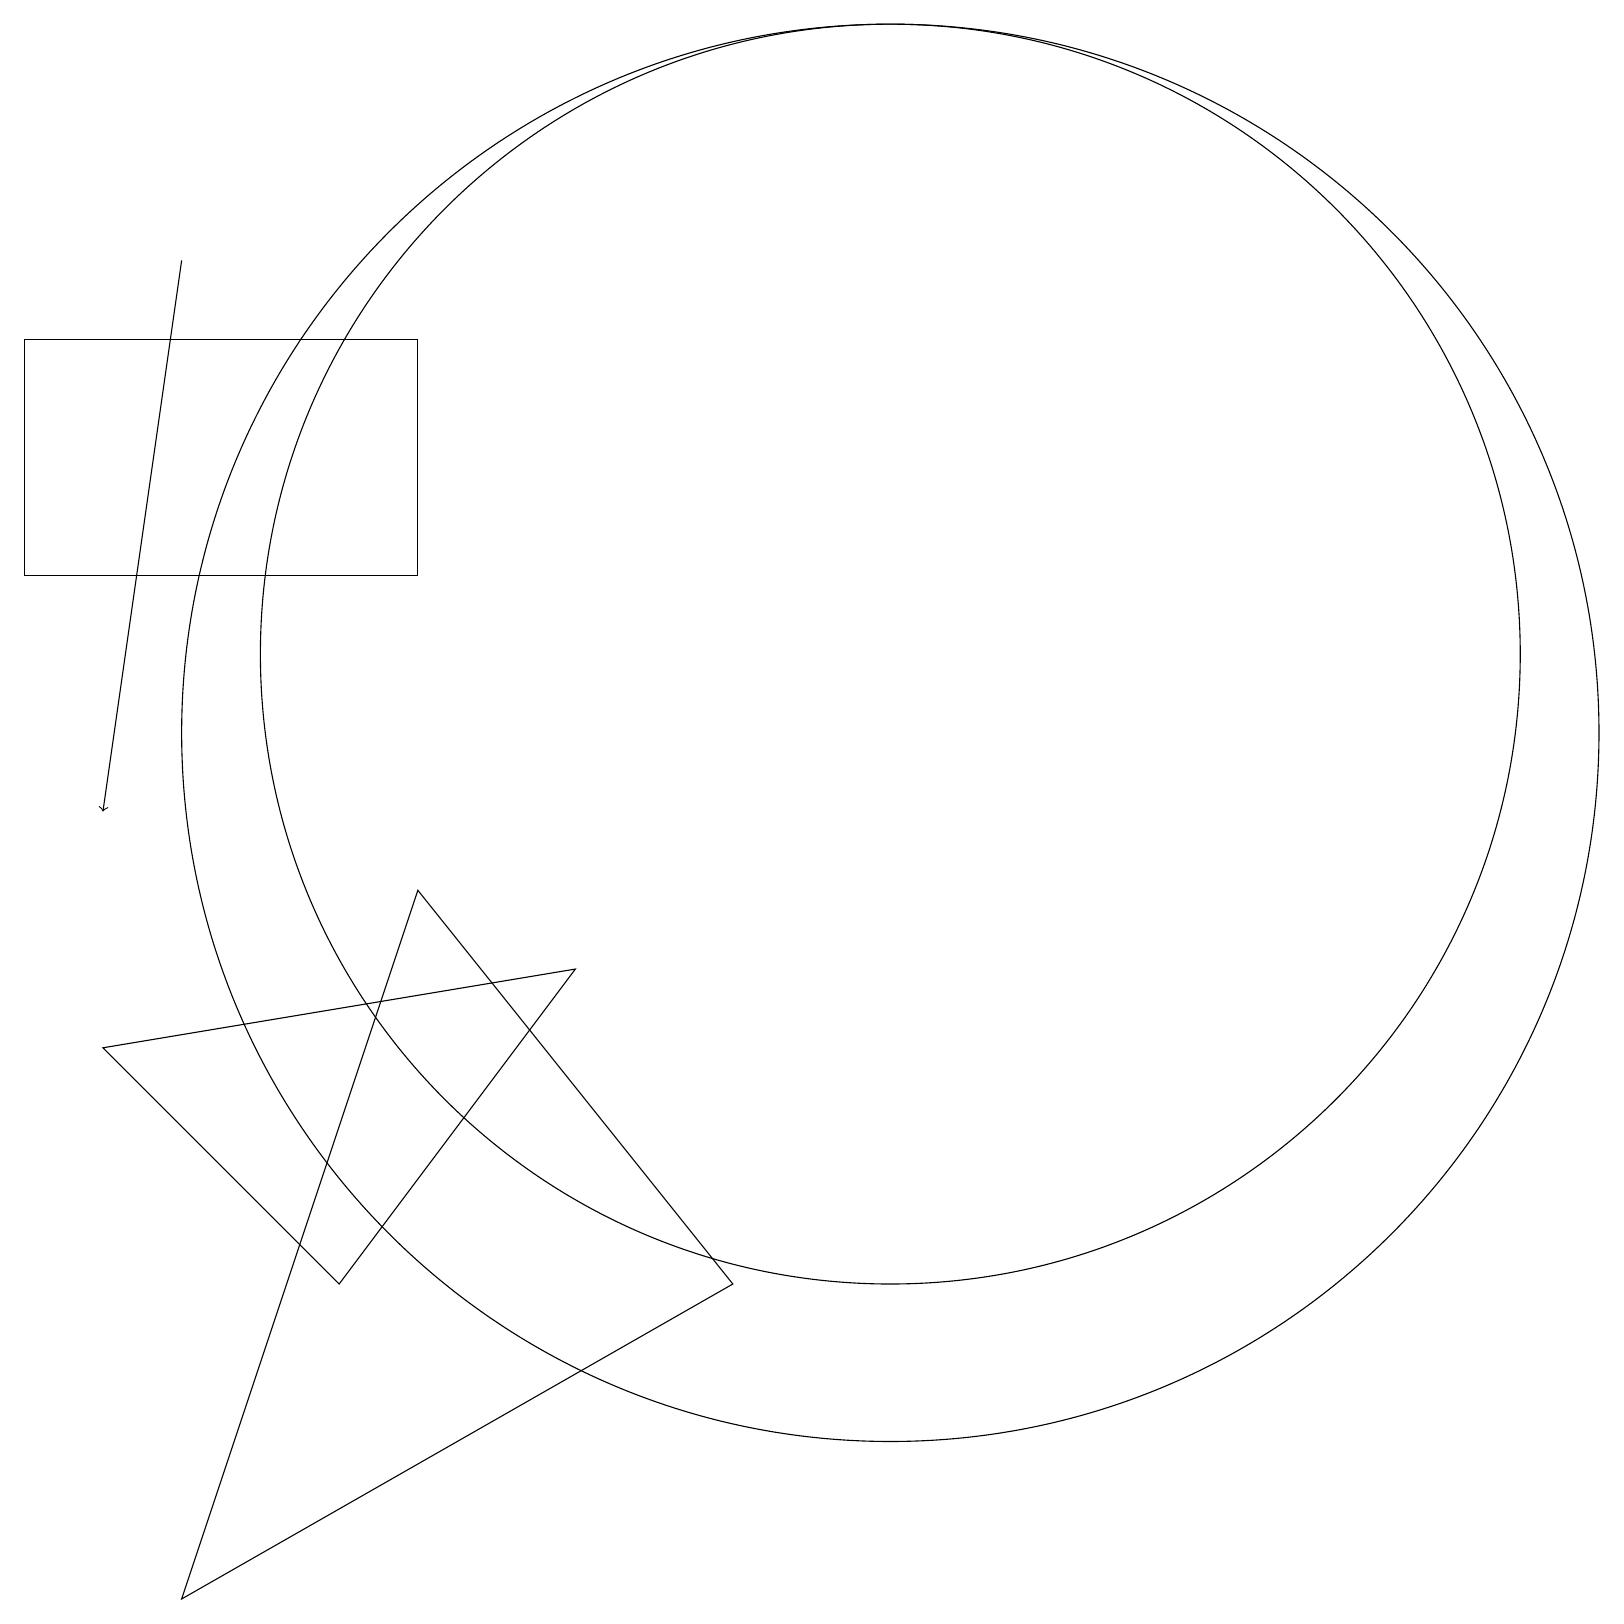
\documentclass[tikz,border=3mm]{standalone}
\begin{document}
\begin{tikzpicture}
\draw (11,12) circle (8);
\draw (2,0) -- (5,9) -- (9,4) -- cycle;
\draw (5,16) rectangle (0,13);
\draw (1,7) -- (4,4) -- (7,8) -- cycle;
\draw (11,11) circle (9);
\draw[->] (2,17) -- (1,10);
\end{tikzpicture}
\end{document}